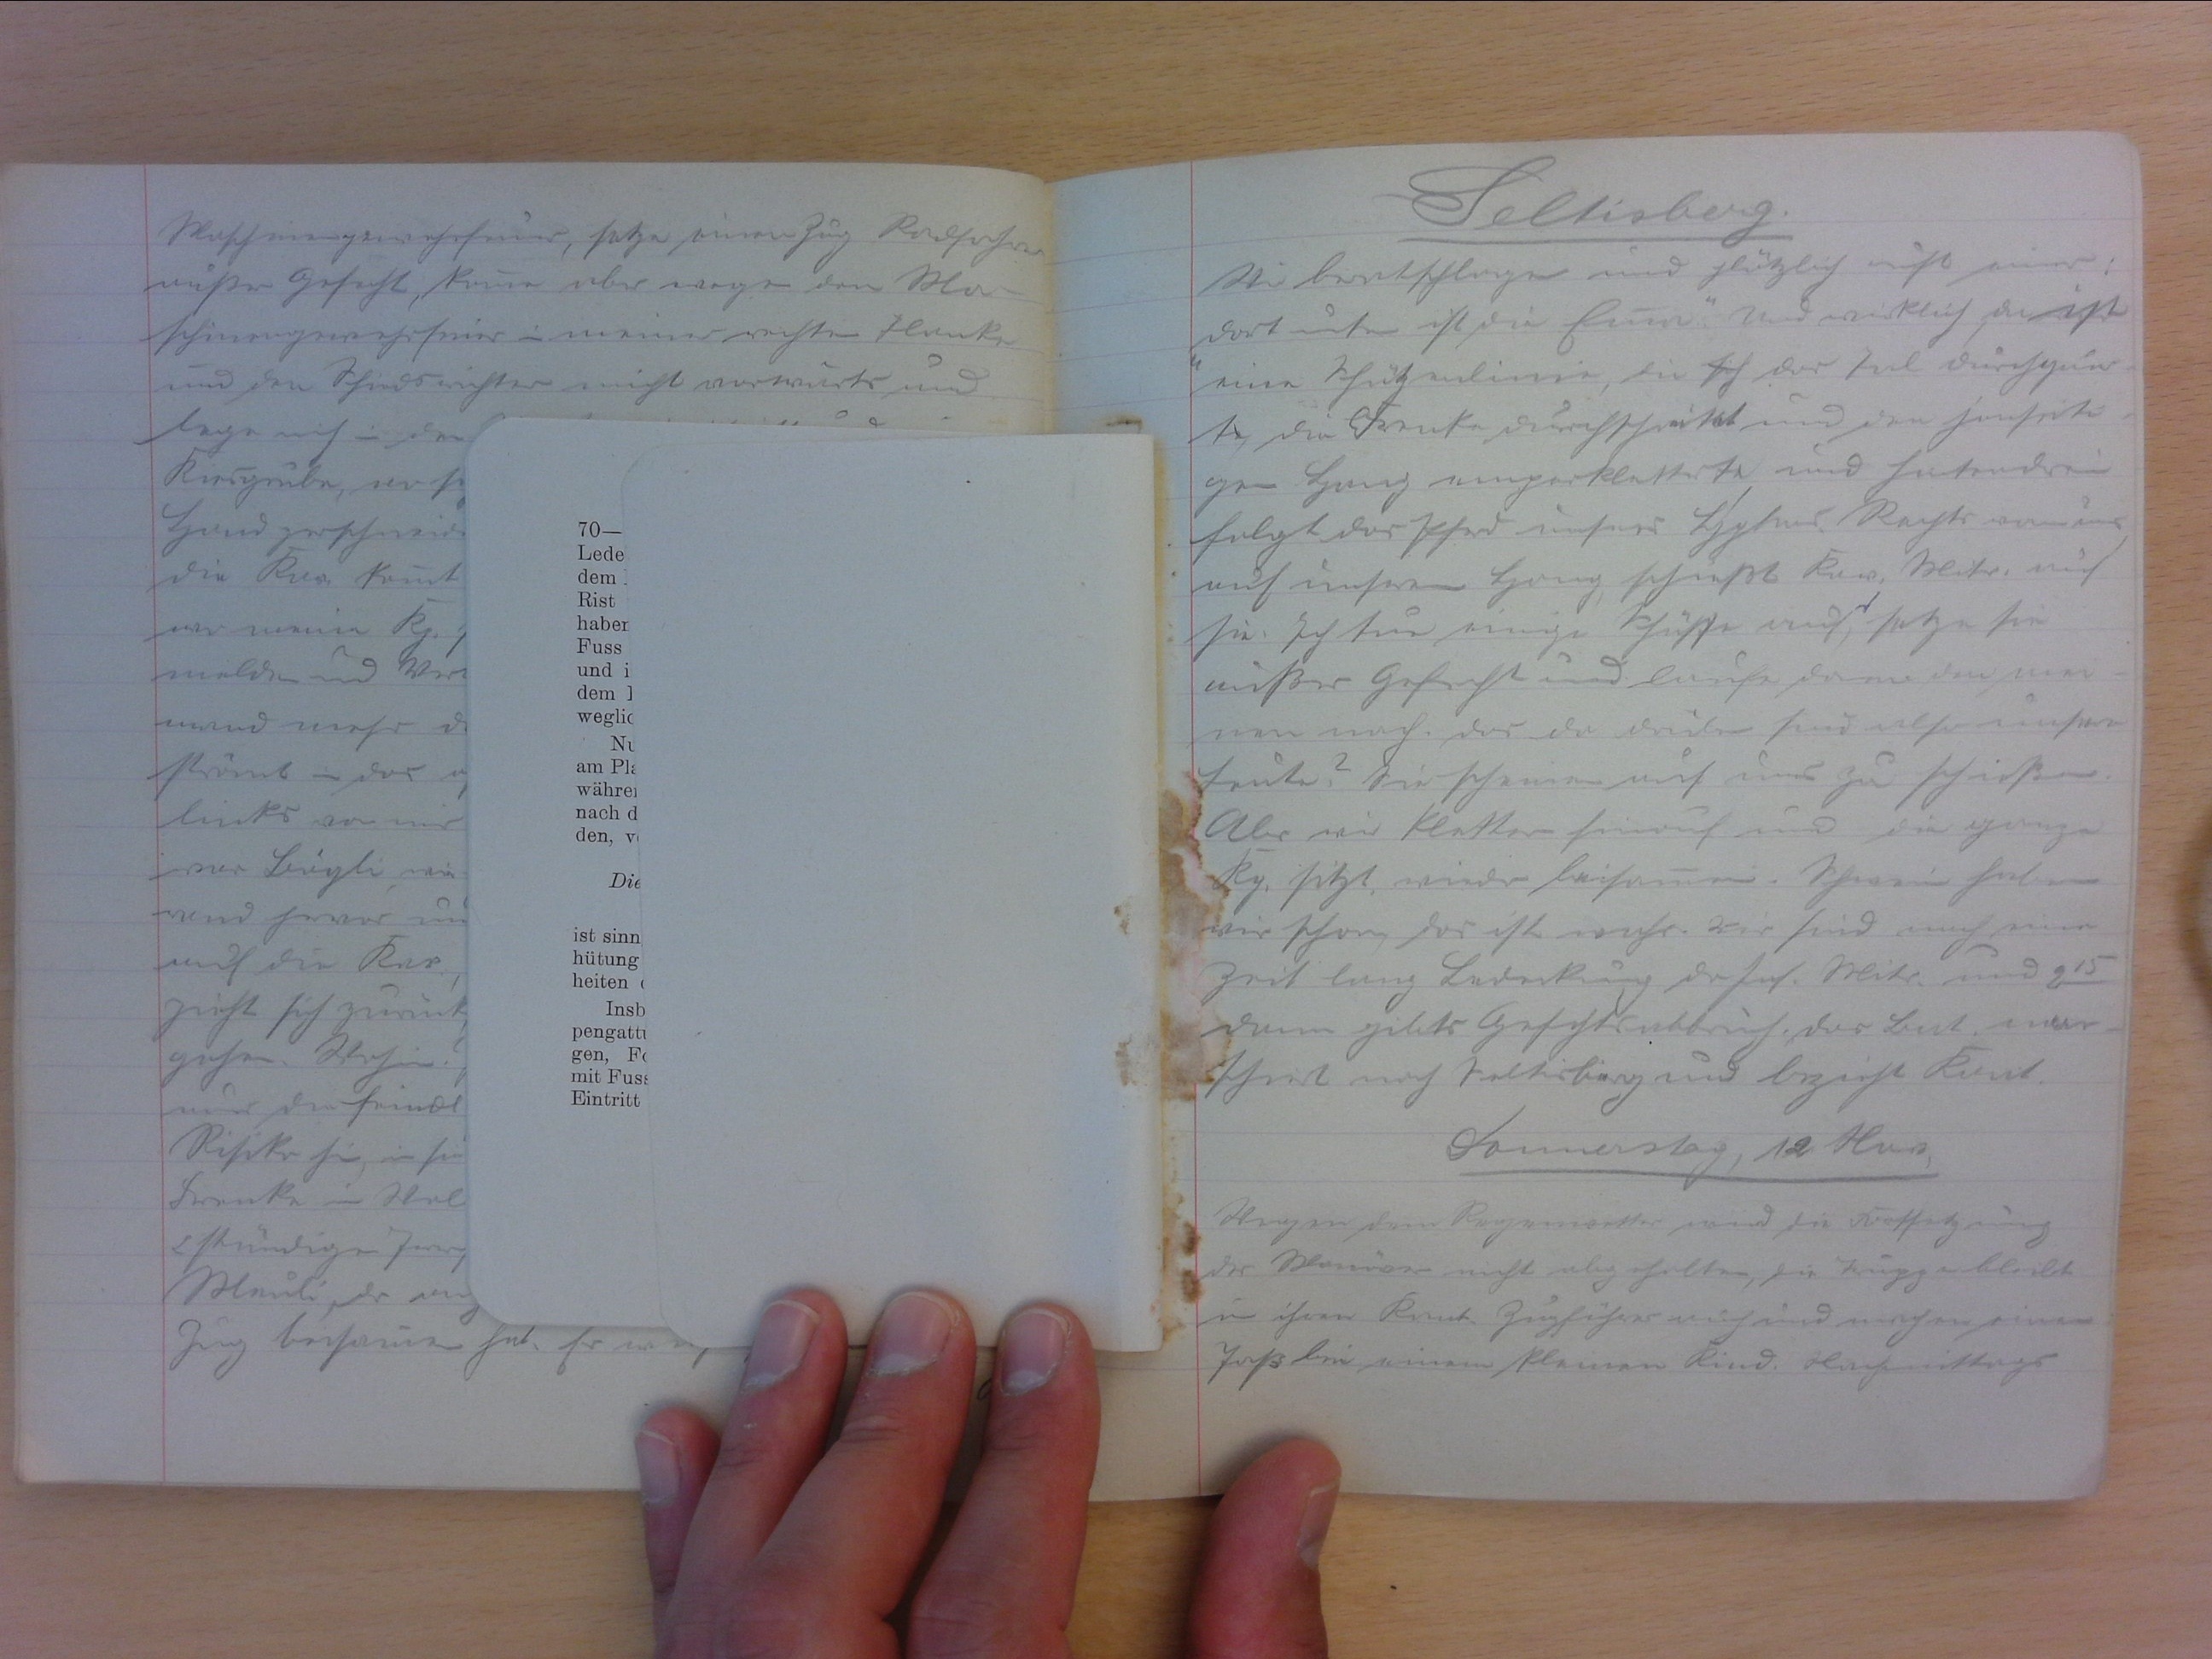
Seltisberg
Wir beratschlagen und plötzlich ruft einer
"Dort unten ist die Emma." Und wirklich, da ist
eine Schützenlinie, die sich das Tal durchquer-
te, die Frenke durchschreitet und den jenseiti-
gen Hang emporkletterte und hintendran
folgt das Pferd unseres Hptms. Rechts von uns
auf unserem Hang schiesst Kav. Mitr. auf
sie. Ich tue einige Schüsse auf, setze sie
ausser Gefecht und laufe dann den mei-
nen nach. Das da drüben sind also unsere
Leute? Sie scheinen auf uns zu schiessen.
Aber wir klettern hinauf und die ganze
Kp. sitzt, wieder beisammen. Schwein haben
wir schon, das ist wahr. Wir sind nach einer
Zeit lang Bedeckung, da Inf. Mitr. und 215
Dann gibts Gefechtsabbruch. Das Bat mar-
schiert nach Seltigsberg und bezieht Kant.
Donnerstag, 18. Aug.
Wegen dem Regenwetter wird die Fortsetzung
des Manövers nicht abgehalten, die Truppe bleibt
in ihren Kant. Zugführer auch und machen einen
Jass bei einem kleinen Kind. Nachmittags